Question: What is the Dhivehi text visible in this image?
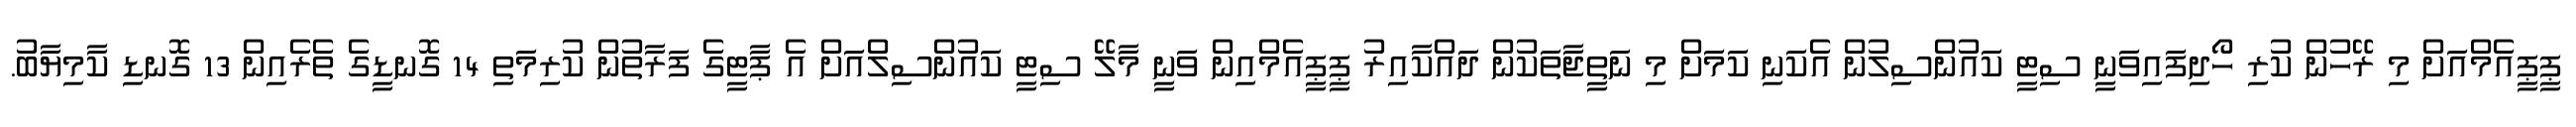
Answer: ޕީޕީއެމްއަށް މި ރޭހުން ކުރި ހޯދިފައިވަނީ ސިޓީ ކައުންސިލުން އެކަނި ކަމަށް މި ނަތީޖާތަކުން ދައްކާއިރު ޕީޕީއެމްއިން ވަނީ މާލޭ ސިޓީ ކައުންސިލްއަށް އެ ޕާޓީގެ ފަރާތުން ކުރިމަތި 14 ގޮނޑީގެ ތެރެއިން 13 ގޮނޑި ކާމިޔާބު.